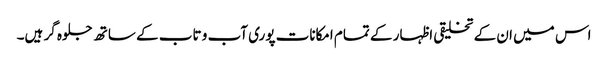
اس میں ان کے تخلیقی اظہار کے تمام امکانات پوری آب و تاب کے ساتھ جلوہ گر ہیں۔